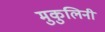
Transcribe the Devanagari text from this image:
मुकुलिनी